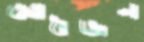
আধজন